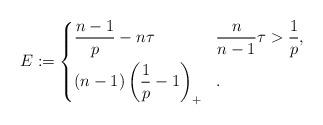
LaTeX: \begin{align*}E:=\left\{\begin{aligned}&\frac{n-1}{p}-n\tau&&\frac{n}{n-1}\tau>\frac{1}{p},\\&(n-1)\left(\frac{1}{p}-1\right)_+&&.\end{aligned}\right.\end{align*}